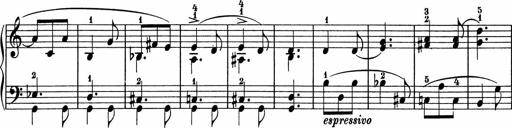
Title: 5 Sonatinen fÃ¼r die Jugend
Composer: Carl Reinecke